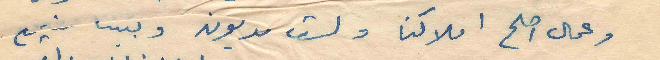
وعمال اصلح املاكنا ولست مديون وبيتنا